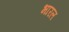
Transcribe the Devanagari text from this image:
भारल